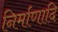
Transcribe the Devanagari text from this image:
निर्माणादि